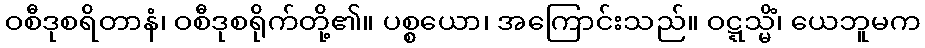
ဝစီဒုစရိတာနံ၊ ဝစီဒုစရိုက်တို့၏။ ပစ္စယော၊ အကြောင်းသည်။ ဝဋ္ဋသ္မိံ၊ ယေဘူမက